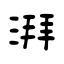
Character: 湃